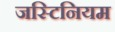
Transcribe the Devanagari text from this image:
जस्टिनियम